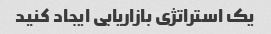
یک استراتژی بازاریابی ایجاد کنید